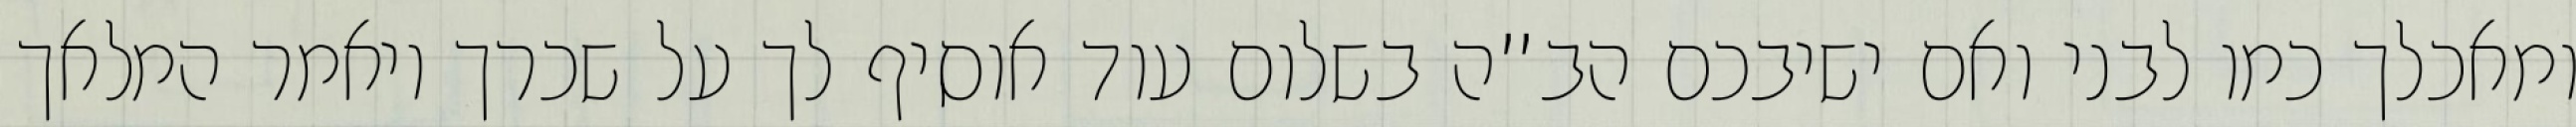
ומאכלך כמו לבני ואם ישיבכם הב”ה בשלום עוד אוסיף לך על שכרך ויאמר המלאך